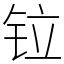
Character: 𫟷